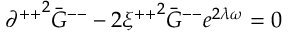
{ \partial ^ { + + } } ^ { 2 } { \bar { G } } ^ { -- } - 2 { \xi ^ { + + } } ^ { 2 } { \bar { G } } ^ { -- } e ^ { 2 \lambda \omega } = 0 \,